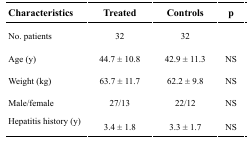
<table><thead><tr><td><b>Characteristics</b></td><td><b>Treated</b></td><td><b>Controls</b></td><td><b>p</b></td></tr></thead><tbody><tr><td>No. patients</td><td>32</td><td>32</td><td></td></tr><tr><td>Age (y)</td><td>44.7 ± 10.8</td><td>42.9 ± 11.3</td><td>NS</td></tr><tr><td>Weight (kg)</td><td>63.7 ± 11.7</td><td>62.2 ± 9.8</td><td>NS</td></tr><tr><td>Male/female</td><td>27/13</td><td>22/12</td><td>NS</td></tr><tr><td>Hepatitis history (y)</td><td>3.4 ± 1.8</td><td>3.3 ± 1.7</td><td>NS</td></tr></tbody></table>